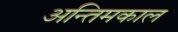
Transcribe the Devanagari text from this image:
अन्तिमकाल